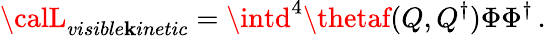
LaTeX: {\calL}_{visible\mathbf{k}inetic}=\intd^{4}\thetaf(Q,Q^{\dagger})\Phi\Phi^{\dagger}\, .